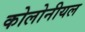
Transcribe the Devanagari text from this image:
कोलोनीयल